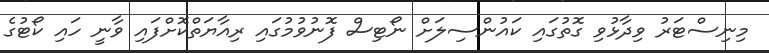
މިނިސްޓަރު ވިދާޅުވި ގޮތުގައި ކައުންސިލަށް ނޯޓިސް ފޮނުވުމުގައި ރިއާޔަތްކޮށްފައި ވާނީ ހައި ކޯޓުގެ